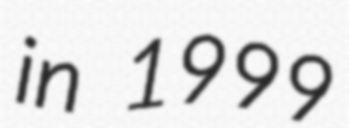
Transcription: in 1999